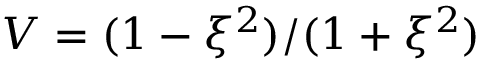
V = ( 1 - \xi ^ { 2 } ) / ( 1 + \xi ^ { 2 } )